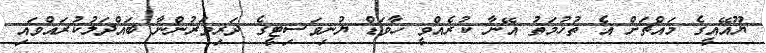
ޔޫއޭއީގެ މައްޗަށް އެ ތުހުމަތު އޭނާ ކުރެއްވީ ހާވަޑް ޔުނިވަސިޓީގެ ދަރިވަރުންނާ ބައްދަލުކުރައްވައި